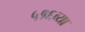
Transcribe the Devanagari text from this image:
५१६व्या